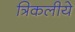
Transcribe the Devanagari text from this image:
त्रिकलीये